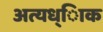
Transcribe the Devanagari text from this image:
अत्यध्ािक